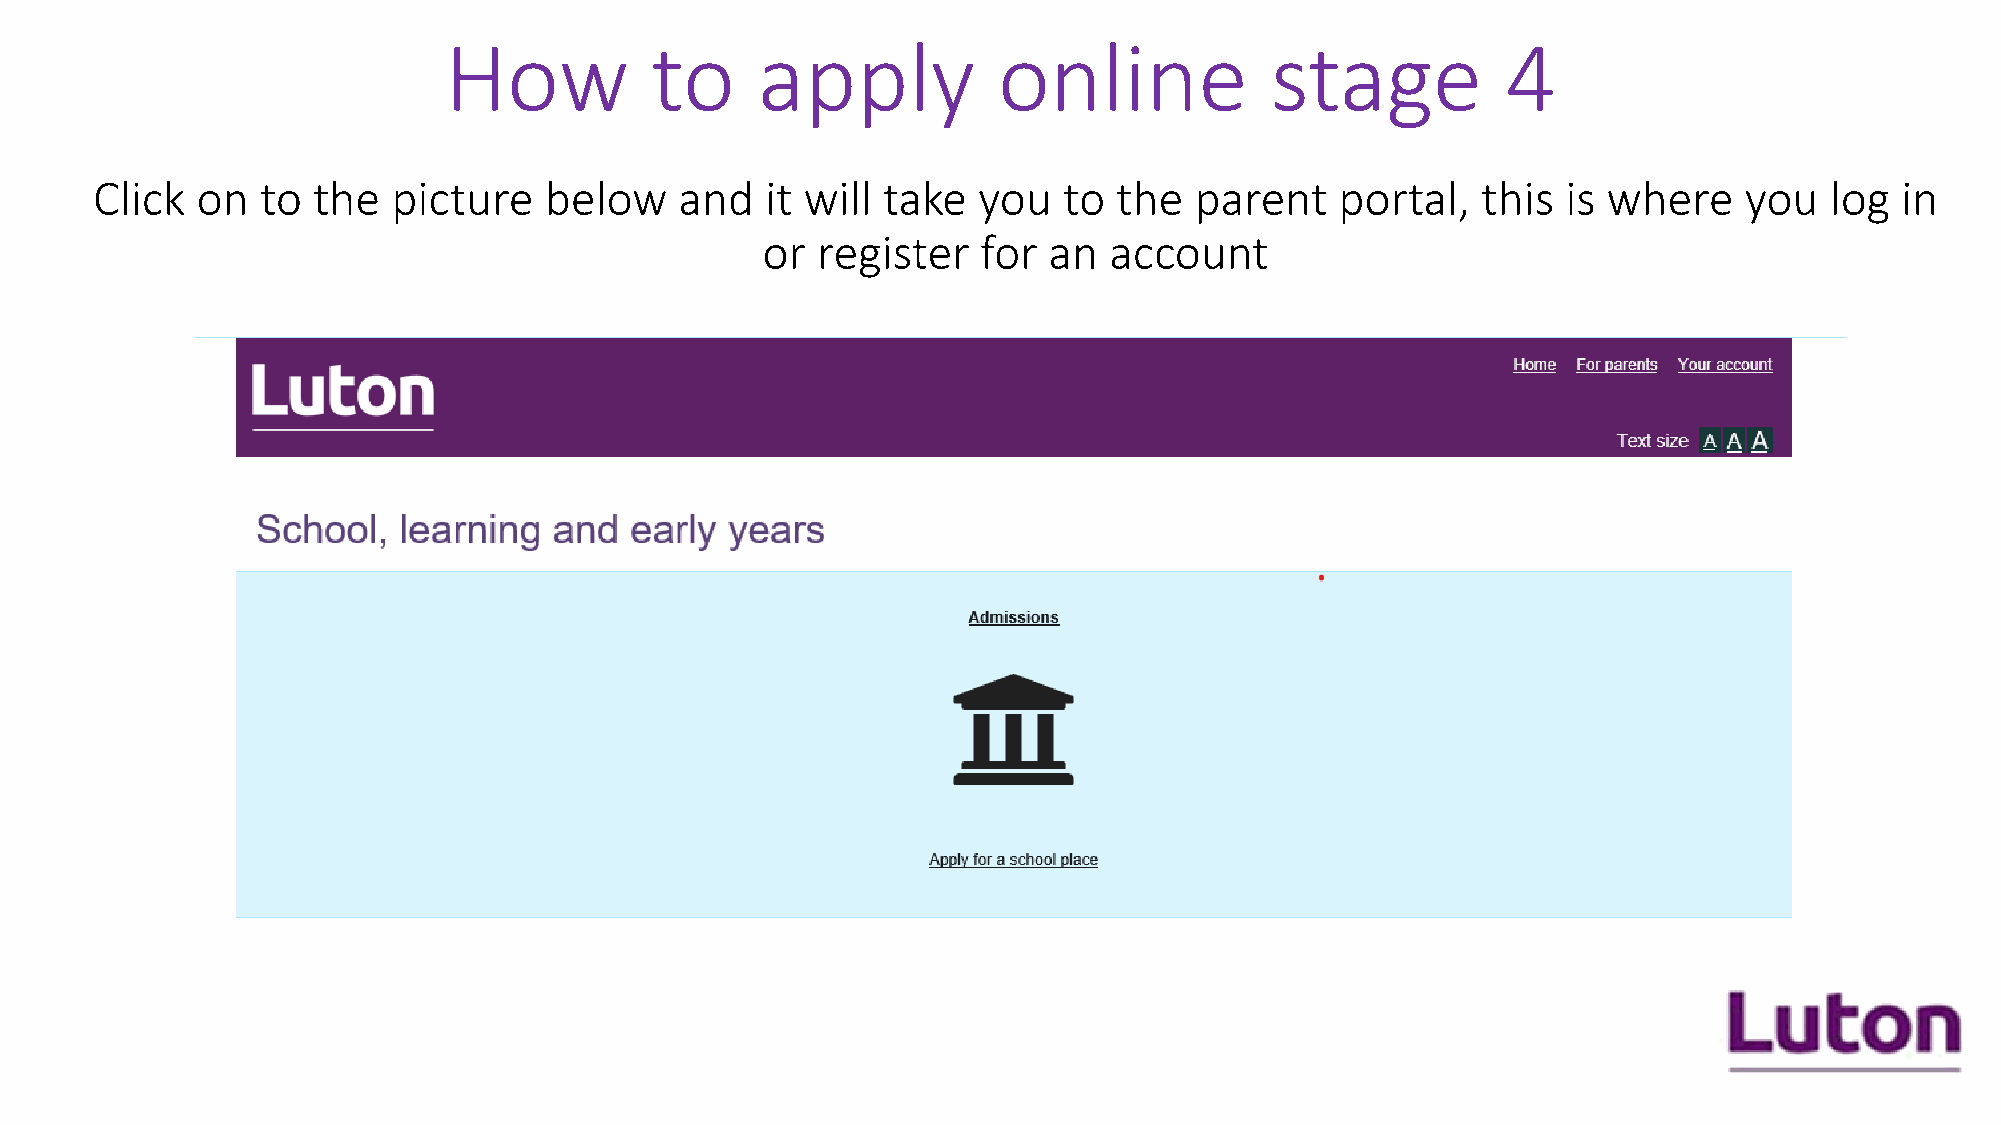
How           to     apply           online            stage           4
 Click  on  to  the  picture   below    and   it will take  you  to  the  parent    portal,  this  is where   you   log  in
 or  register   for an  account